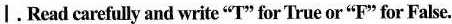
Ⅰ.Read carefully and write“T” for True or “F” for False.